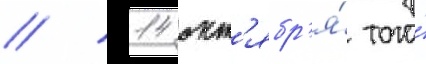
// 14 окт'ябр'я́ того́